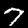
Digit: 7